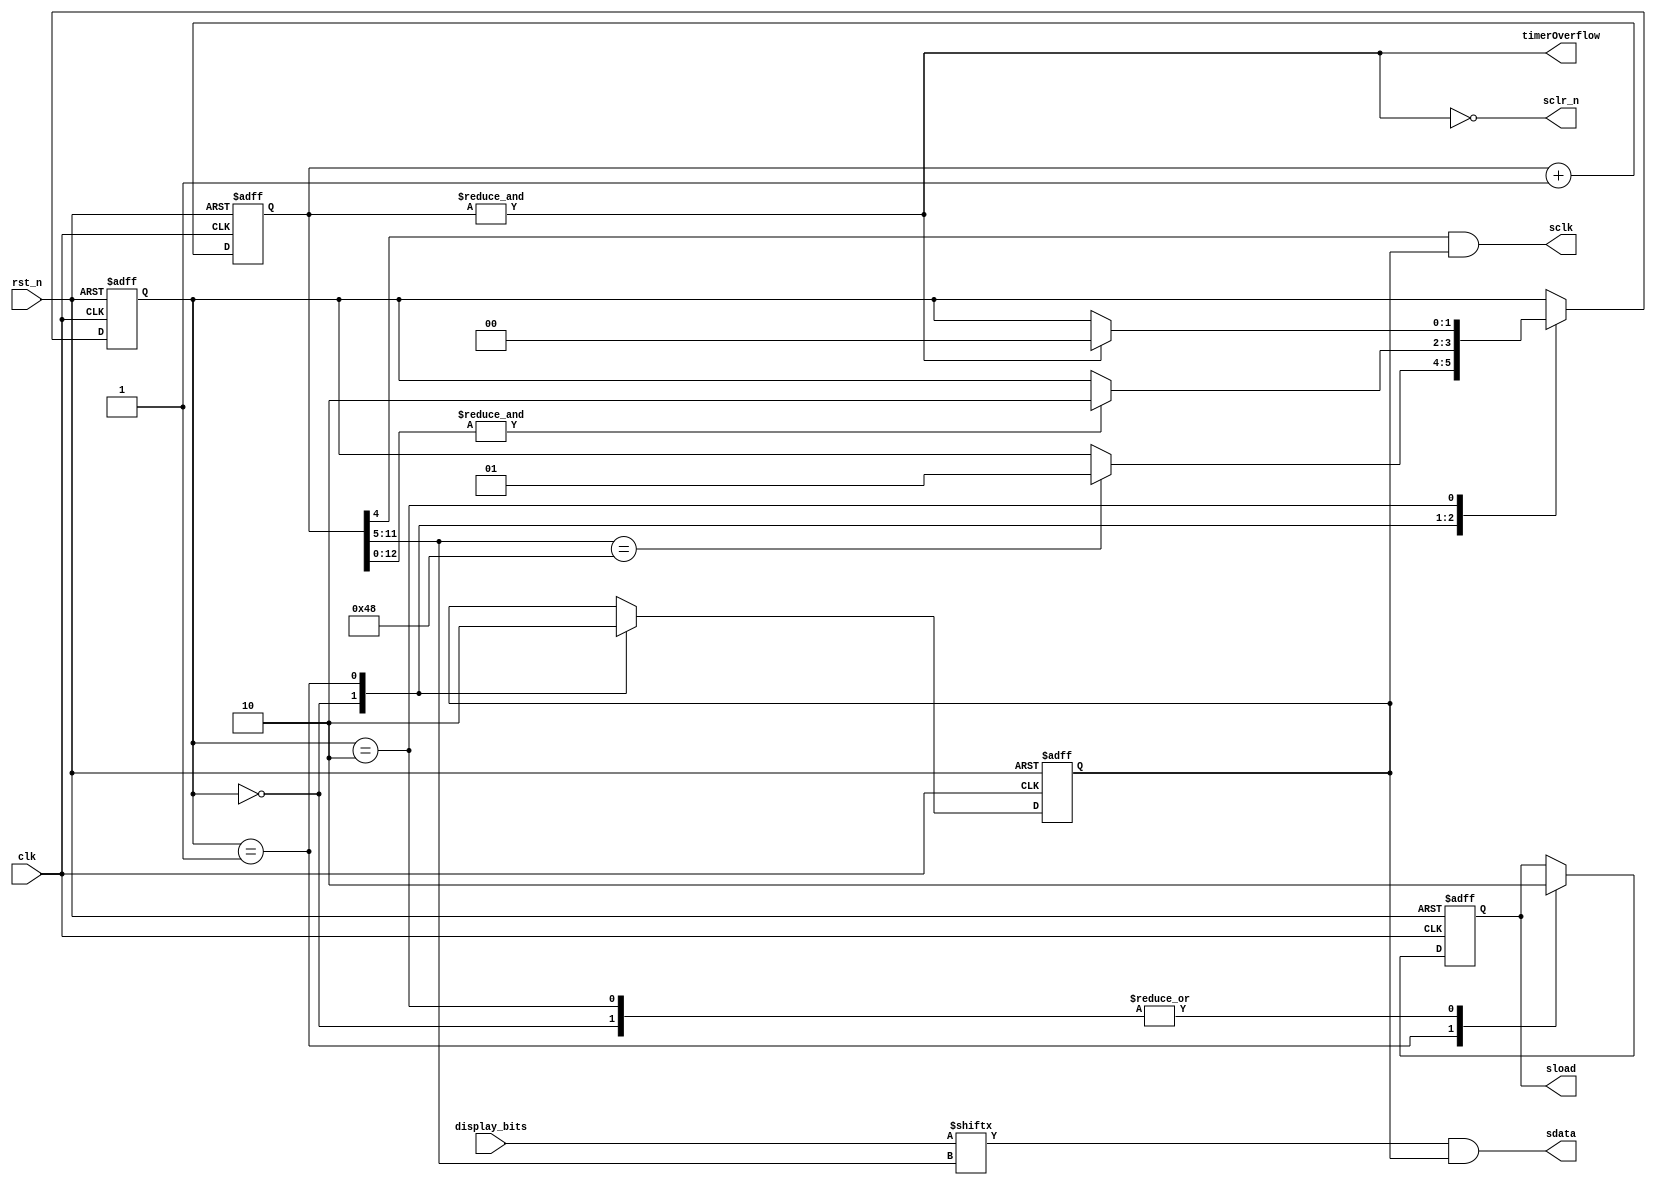
module raw_display(
    input clk,
    input rst_n,
    input[71:0] display_bits,
    output timerOverflow,
    output sclk,
    output sdata,
    output reg sload,
    output sclr_n
    );

reg[13:0] counter;
always@(posedge clk or negedge rst_n) begin
    if(~rst_n) counter <= 0;
    else counter <= counter + 1;
end

assign timerOverflow = &counter;
//Because our FETs take a while to switch off, here is a configurable reset
//that will turn them off early. Based on experimentation, just resetting them
//during the configuration period is plenty of time to prevent ghosting.
assign sclr_n = ~timerOverflow;

`define SHIFTDIG 2'b00
`define LOADPULSE 2'b01
`define WAIT 2'b10

reg output_enable;
reg[1:0] state;

always@(posedge clk or negedge rst_n) begin
    if(~rst_n) begin
        state <= `SHIFTDIG;
        sload <= 0;
        output_enable <= 0;
    end else begin
        case(state)
        
        `SHIFTDIG: begin
            output_enable <= 1;
            sload <= 0;
            if(counter[11:5] == 72) state <= `LOADPULSE;
        end
        
        `LOADPULSE: begin
            output_enable <= 0;
            sload <= 1;
            if(&counter[12:0]) state <= `WAIT;
        end
        
        `WAIT: begin
            sload <= 0;
            if(&counter[13:0]) state <= `SHIFTDIG;
        end
                
        endcase
    end
end

assign sclk = counter[4] & output_enable;
assign sdata = display_bits[counter[11:5]] & output_enable;

endmodule